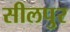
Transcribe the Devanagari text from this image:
सीलपुर